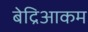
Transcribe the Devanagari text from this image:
बेद्रिआकम